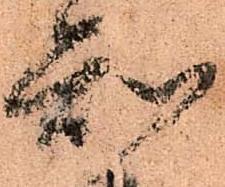
知